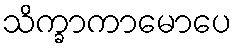
သိက္ခာကာမောပေ